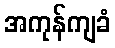
အကုန်ကျခံ